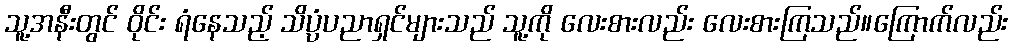
သူ့အနီးတွင် ဝိုင်း ရံနေသည့် သိပ္ပံပညာရှင်များသည် သူ့ကို လေးစားလည်း လေးစားကြသည်။ကြောက်လည်း